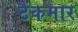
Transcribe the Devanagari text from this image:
टैंकमार